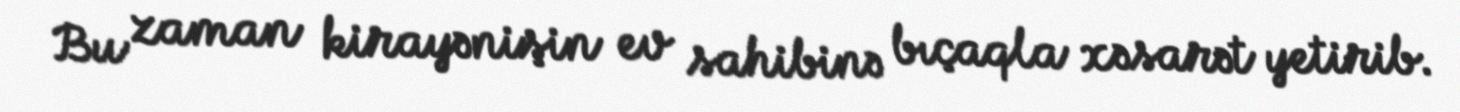
Bu zaman kirayənişin ev sahibinə bıçaqla xəsarət yetirib.